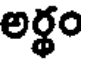
అర్థం